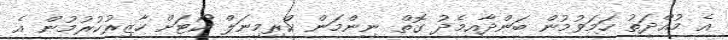
އެ މުއްދަތު ހަމަވުމުން ބަންދާއިމެދު ގޮތް ނިންމަން ކްރިމިނަލް ކޯޓަށް ހާޒިރުކުރުމުން އެ